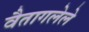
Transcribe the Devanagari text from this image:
वैतागलेले